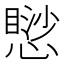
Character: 𢡸